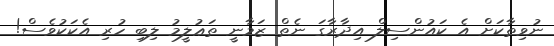
ނުވިތާކަށް އެ ކައުންސިލް އިދާރާގަ ނެތް ޒަމާނީ ތަޢުލީމު ލިބި ހުރި އެކަކުވެސް!